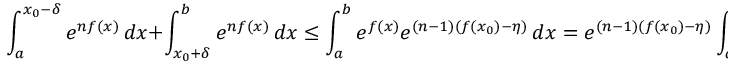
\int _ { a } ^ { x _ { 0 } - \delta } e ^ { n f ( x ) } \, d x + \int _ { x _ { 0 } + \delta } ^ { b } e ^ { n f ( x ) } \, d x \leq \int _ { a } ^ { b } e ^ { f ( x ) } e ^ { ( n - 1 ) ( f ( x _ { 0 } ) - \eta ) } \, d x = e ^ { ( n - 1 ) ( f ( x _ { 0 } ) - \eta ) } \int _ { a } ^ { b } e ^ { f ( x ) } \, d x .